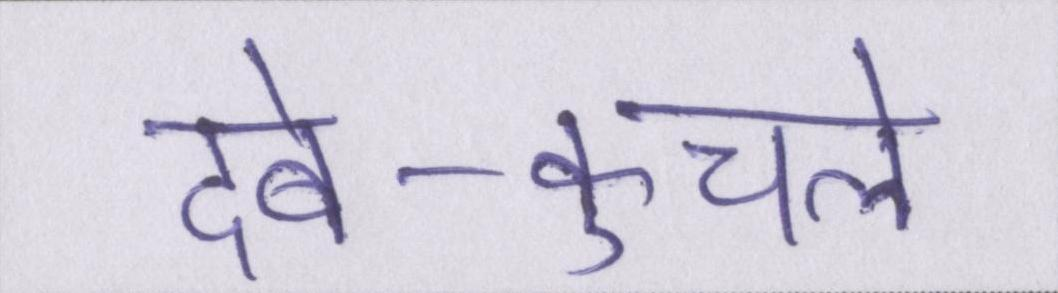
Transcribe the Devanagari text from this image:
दबे-कुचले